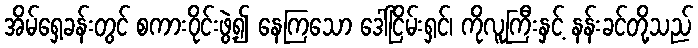
အိမ်ရှေ့ခန်းတွင် စကားဝိုင်းဖွဲ့၍ နေကြသော ဒေါ်ငြိမ်းရှင်၊ ကိုလူကြီးနှင့် နန်းခင်တို့သည်